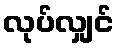
လုပ်လျှင်